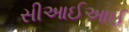
સીઆઈઆઈ